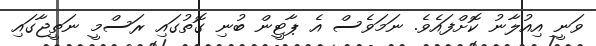
ވަނީ އިއުލާނު ކޮށްފައެވެ. ނަމަވެސް އެ ޕާޓީން ބުނި ގޮތުގައި ރަސްމީ ނަތީޖާގައި